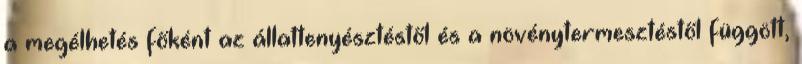
a megélhetés főként az állattenyésztéstől és a növénytermesztéstől függött,